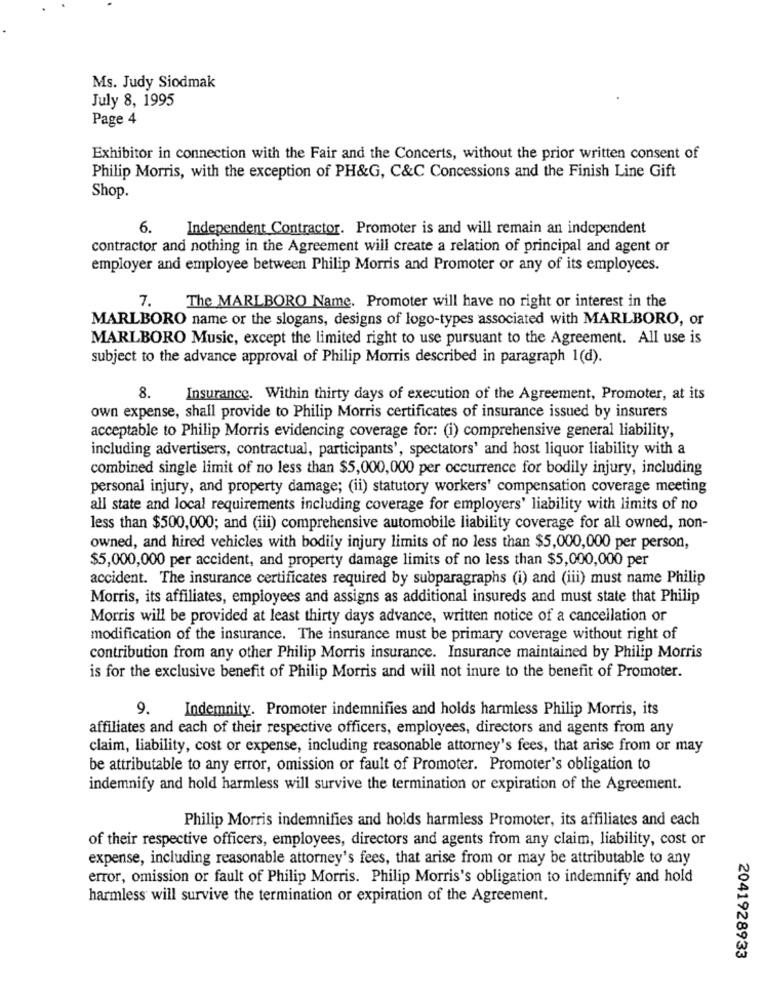
Ms. Judy Siodmak
July 8, 1995
Page 4
Exhibitor in connection with the Fair and the Concerts, without the prior written consent of
Philip Morris, with the exception of PH&G, C&C Concessions and the Finish Line Gift
Shop.
6.
Independent Contractor. Promoter is and will remain an independent
contractor and nothing in the Agreement will create a relation of principal and agent or
employer and employee between Philip Morris and Promoter or any of its employees.
The MARLBORO Name. Promoter will have no right or interest in the
MARLBORO name or the slogans, designs of logo-types associated with MARLBORO, or
MARLBORO Music, except the limited right to use pursuant to the Agreement. All use is
subject to the advance approval of Philip Morris described in paragraph 1(d).
8.
Insurance. Within thirty days of execution of the Agreement, Promoter, at its
own expense, shall provide to Philip Morris certificates of insurance issued by insurers
acceptable to Philip Morris evidencing coverage for: (i) comprehensive general liability,
including advertisers, contractual, participants', spectators' and host liquor liability with a
combined single limit of no less than $5,000,000 per occurrence for bodily injury, including
personal injury, and property damage; (ii) statutory workers' compensation coverage meeting
all state and local requirements including coverage for employers' liability with limits of no
less than $500,000; and (iii) comprehensive automobile liability coverage for all owned, non-
owned, and hired vehicles with bodily injury limits of no less than $5,000,000 per person,
$5,000,000 per accident, and property damage limits of no less than $5,000,000 per
accident. The insurance certificates required by subparagraphs (i) and (iii) must name Philip
Morris, its affiliates, employees and assigns as additional insureds and must state that Philip
Morris will be provided at least thirty days advance, written notice of a cancellation or
modification of the insurance. The insurance must be primary coverage without right of
contribution from any other Philip Morris insurance. Insurance maintained by Philip Morris
is for the exclusive benefit of Philip Morris and will not inure to the benefit of Promoter.
9.
Indemnity. Promoter indemnifies and holds harmless Philip Morris, its
affiliates and each of their respective officers, employees, directors and agents from any
claim, liability, cost or expense, including reasonable attorney's fees, that arise from or may
be attributable to any error, omission or fault of Promoter. Promoter's obligation to
indemnify and hold harmless will survive the termination or expiration of the Agreement.
Philip Morris indemnifies and holds harmless Promoter, its affiliates and each
of their respective officers, employees, directors and agents from any claim, liability, cost or
expense, including reasonable attorney's fees, that arise from or may be attributable to any
error, omission or fault of Philip Morris. Philip Morris's obligation to indemnify and hold
harmless will survive the termination or expiration of the Agreement.
2041928933